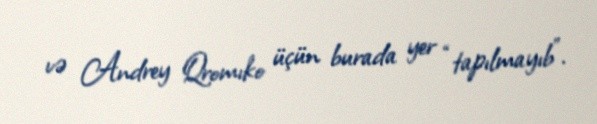
və Andrey Qromıko üçün burada yer “tapılmayıb”.